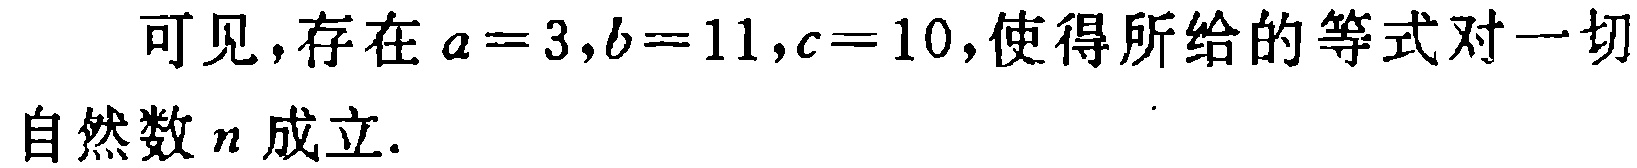
可见，存在 \(a = 3,b = 11,c = 10\)，使得所给的等式对一切自然数 \(n\) 成立.